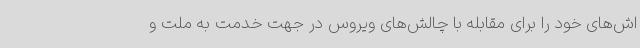
اش‌های خود را برای مقابله با چالش‌های ویروس در جهت خدمت به ملت و